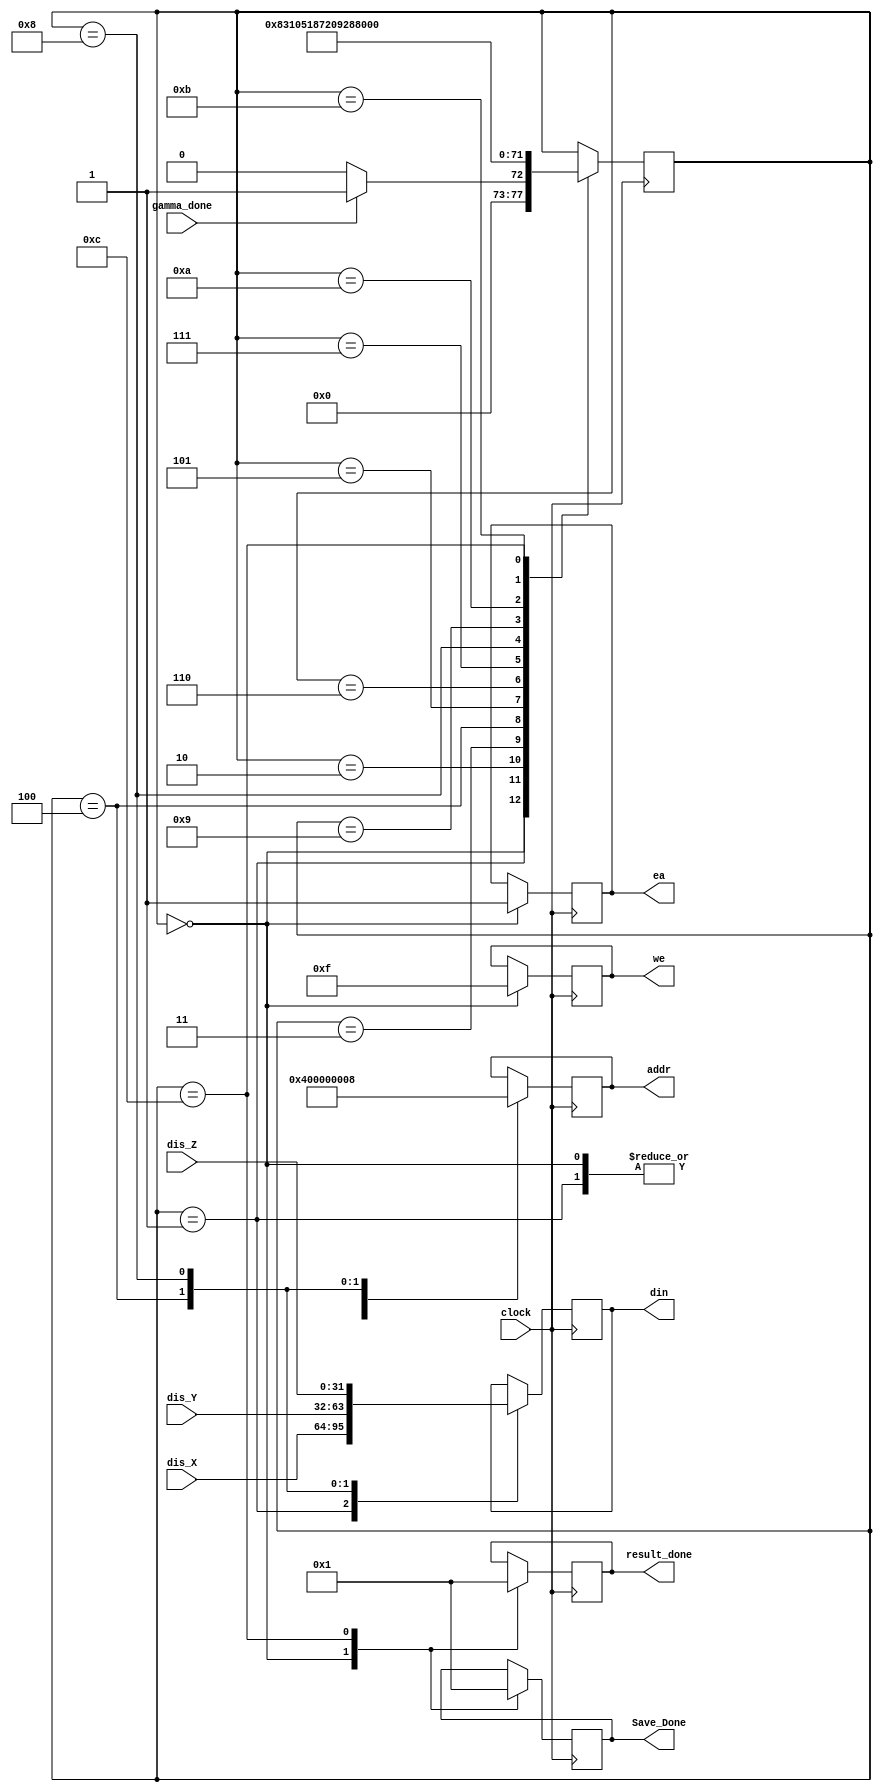
`timescale 1ns / 1ps

module Save_Results(
    input clock,
    input gamma_done,
    input [31:0] dis_X,
    input [31:0] dis_Y,
    input [31:0] dis_Z,
    output reg [31:0] addr,
    output reg [3:0] we,
    output reg ea,
    output reg [31:0] result_done,
    output reg [31:0] din,
    output reg [31:0] Save_Done
    );
    
    reg [5:0] state = 6'b000000;
    
    always @(posedge clock)
    begin              
        case(state)
        6'b000000:
        begin
            we = 4'b1111;
            ea = 1'b1; 
            addr = 32'b0; //0
            Save_Done = 32'b0;
            result_done = 32'b0;
            if (gamma_done == 1'b1)
            begin             
                state = 6'b000001;
            end
            else
            begin
                state = 6'b000000;  
            end
        end
        6'b000001:
        begin
            addr = 32'b0; //0
            din = dis_X;             
            state = 6'b000010;             
        end
        6'b000010:
        begin
            state = 6'b000011; 
        end
        6'b000011:
        begin
            state = 6'b000100;
        end
        6'b000100:
        begin
            addr = 32'b0100; //4
            din = dis_Y; 
            state = 6'b000101; 
        end
        6'b000101:
        begin
            state = 6'b000110; 
        end
        6'b000110:
        begin
            state = 6'b000111; 
        end
        6'b000111:
        begin
            state = 6'b001000; 
        end            
        6'b001000:
        begin
            addr = 32'b1000; //8
            din = dis_Z; 
            state = 6'b001001; 
        end
        6'b001001:
        begin
            state = 6'b001010;
        end
        6'b001010:
        begin
            state = 6'b001011; 
        end
        6'b001011:
        begin
            state = 6'b001100;
        end
        6'b001100:
        begin
            result_done = 32'b1;
            Save_Done = 32'b1;
            state = 6'b000001; 
        end
        endcase
    end
endmodule